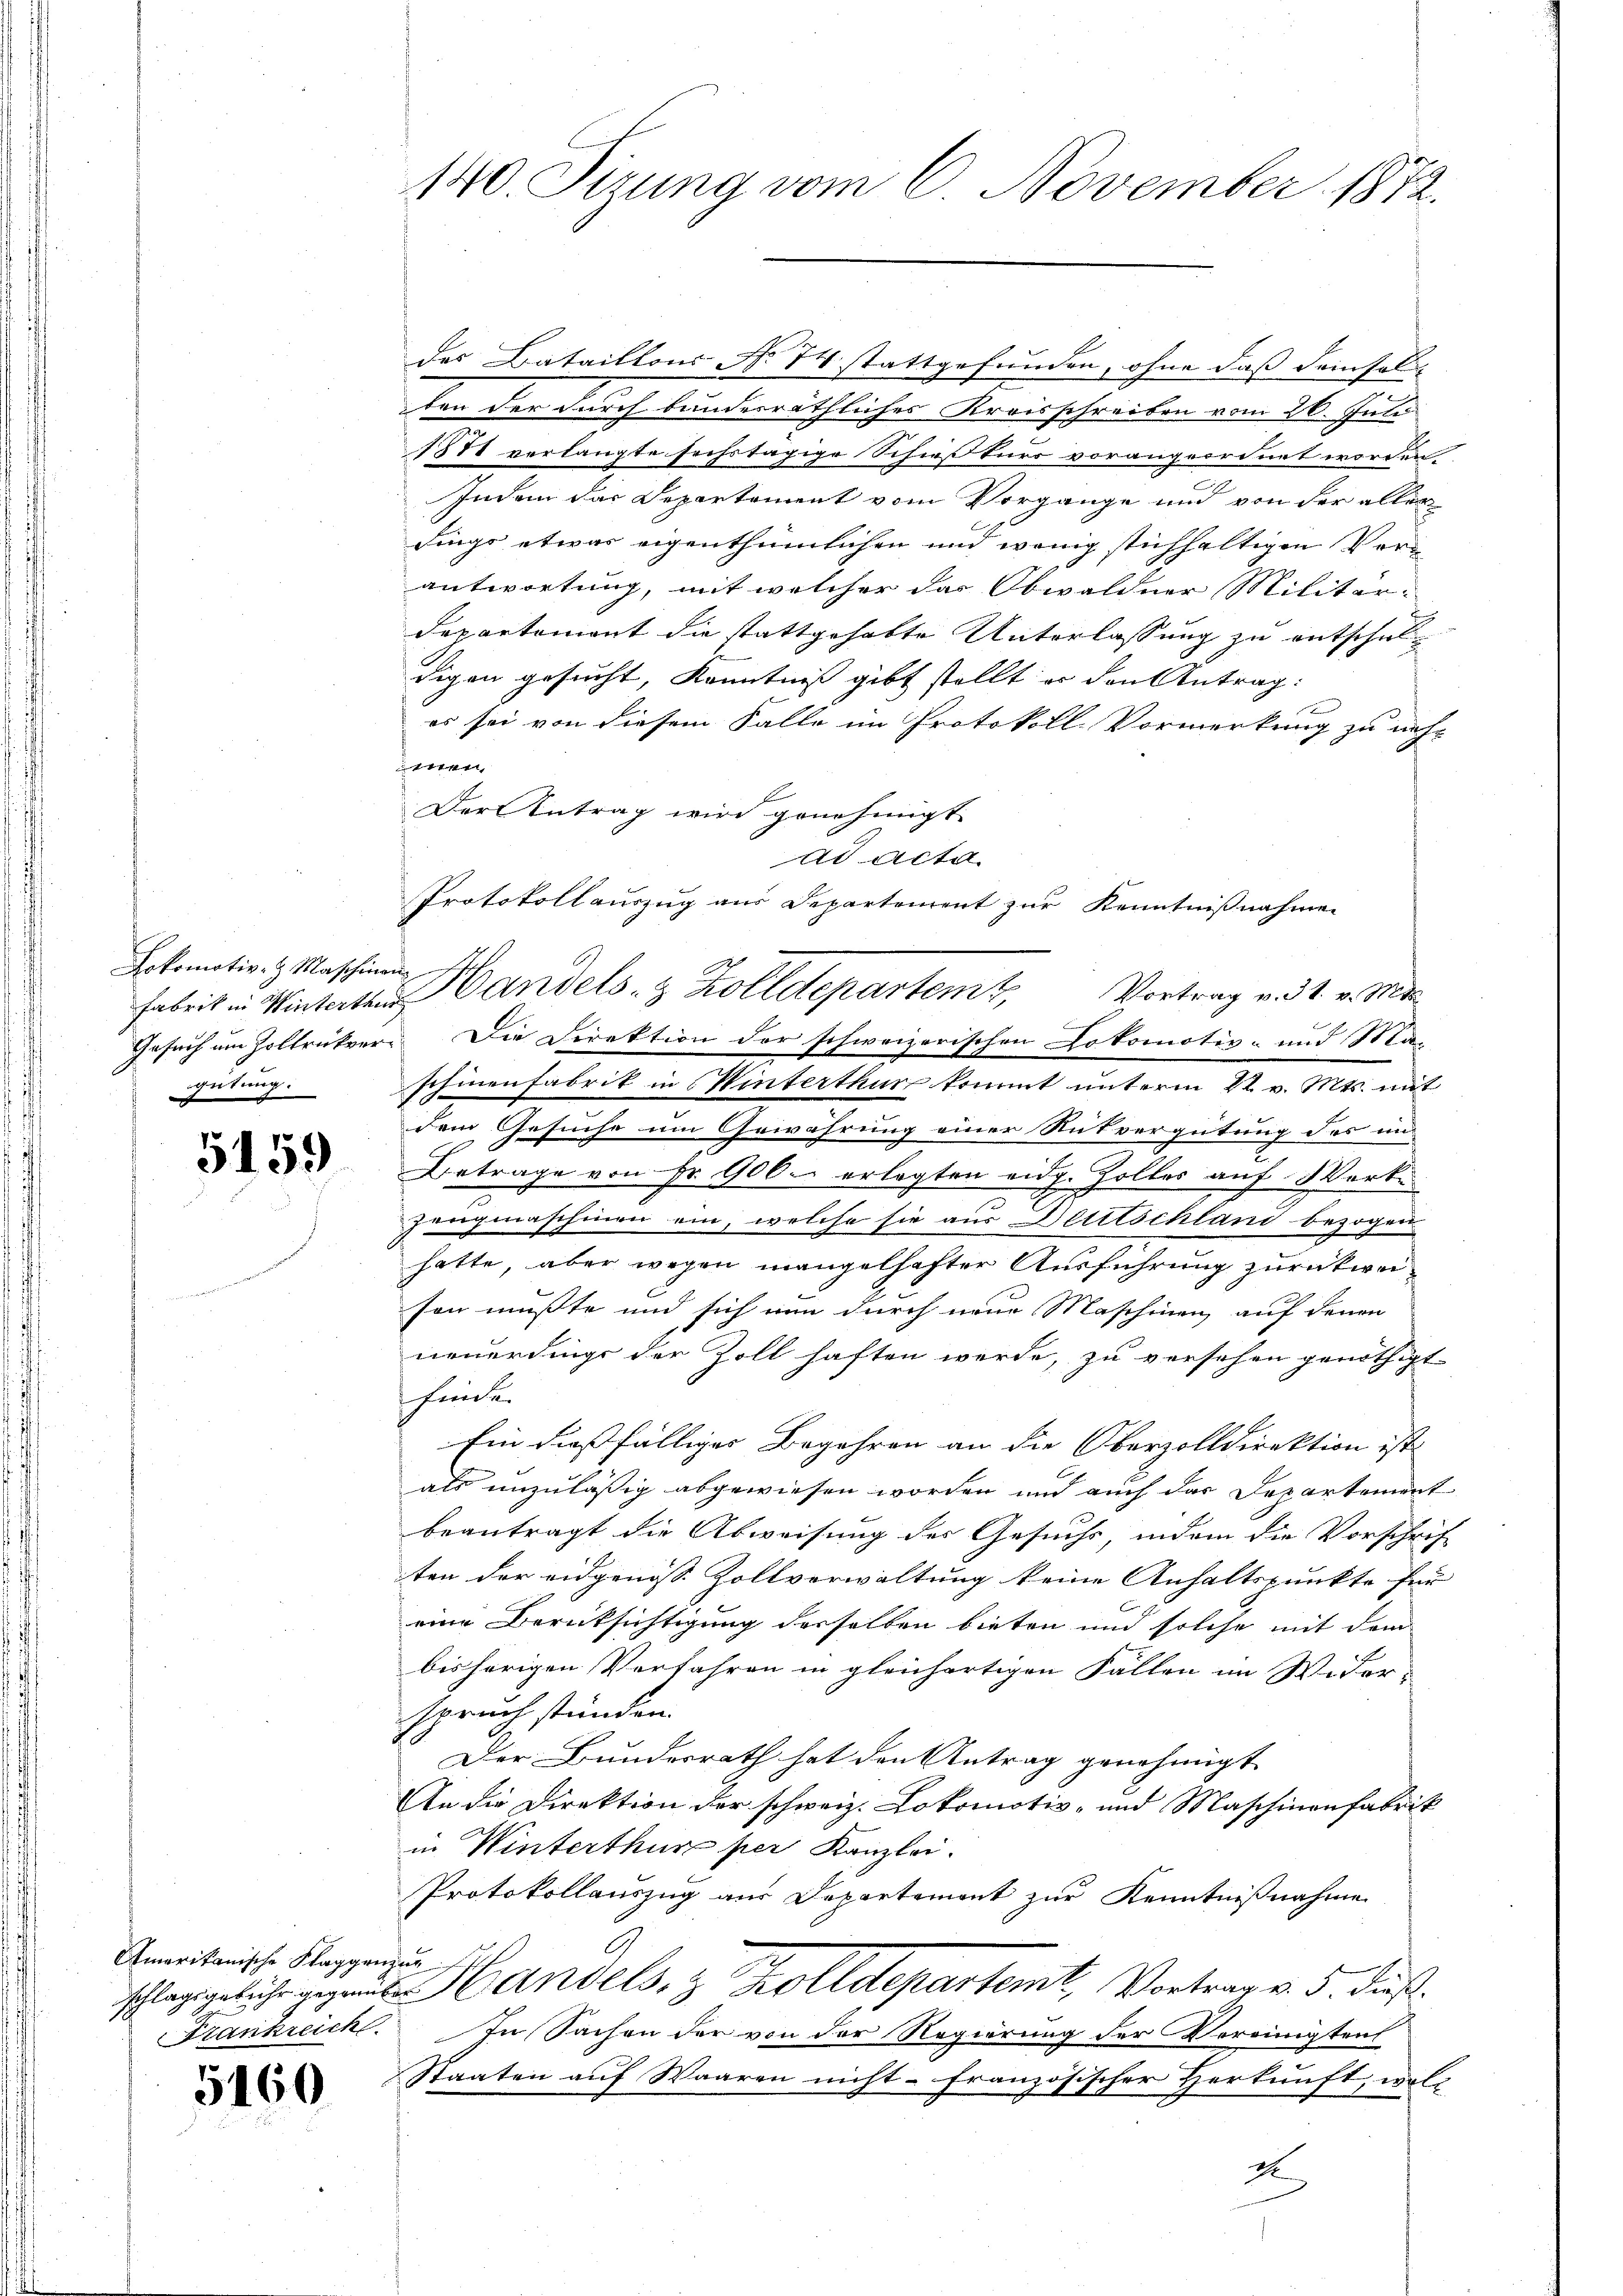
Lokomotiv- & Maschinen
Gesuch um Zollrückvergütung.

5459

Amerikanische Klaggenschlagsgebühr gegenüb
Frankreich

5160

140. Sizung vom 6. November 1872.

des Bataillons No 74 stattgefunden, ohne daß demsel
ten der durch bunderräthliches Kreisschreiben vom 26. Juli
1884 verlangte sechstägige Schießkurs vorangeordnet worden
Indem das Departement vom Vorgänge und von der aller
fings etwas eigenthümlichen und wenig stichhaltigen Verantwortung, mit welcher das Obwaldner Militär¬
Departement die stattgehabte Unterlassung zu entschuldigen gesucht, Kenntniß gibt stellt er den Antrag:
es sei von diesem Falle im Protokoll Vormerkung zu neh-
,
Der Antrag wird genehmigt.
schinenfabrik in Winterthur kommt unterm 22. v. Mts. mit
dem Gesuche um Gewährung einer Nutvergütung des un
Betrage von Fr. 900. erlegten eidg. Zolles auf Werke
zeugmaschinen ein, welche sie aus Decreschland bezogen
hatte, aber wegen mangelhafter Ausführung zurückwer
son mußte und sich nun durch neue Maschinen auf denen
neuerdings der Zoll haften werde, zu versehen genöthigt
finde.
Ein dießfälliger Begehren an die Oberzolldirektion ist
als unzuläßig abgewiesen worden und auch das Departement
beantragt die Abweisung des Gesuchs, indem die Vorschrift
ten der eidgenoss Zollverwaltung keine Anhaltspunkte für
eine Berüksichtigung derselben bieten und solche mit dem
bisherigen Verfahren in gleichartigen Fällen im Wider-
spruch stünden.
Der Bundesrath hat den Antrag genehmigt
An die Direktion der schweiz. Lokomotiv- und Maschinonfabrik
in Winterthur per Kanzlei.
Protokollauszug aus Departement zur Kenntnißnahme
et
Handels, z. Zolldepartenk, Vortrag v. 5. Fuß.
In Sachen der von der Regierung der Vereinigten
Staaten auf Waaren nicht französischer Herkunft, woll
4

ad acta
Protokollauszug aus Departement zur Kenntnißnahmen
harbeit in Winterten andels- & Zolldepartem Vortrag v. 31. v. Mitt
Die Direktion der schweizerischen Lokomotiv- und Ma¬